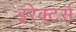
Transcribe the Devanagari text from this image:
इरेक्टर्स